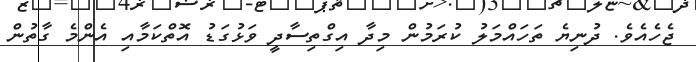
ޖެހެއެވެ. ދުނިޔެ ތަހައްމަލު ކުރަމުން މިދާ އިގްތިސާދީ ވަޅުގަޑު އޮތްކަމާއި އެންމެ ގާތުން